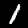
Digit: 1